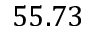
5 5 . 7 3